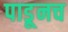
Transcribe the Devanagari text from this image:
पाडूनच